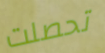
تحصلت